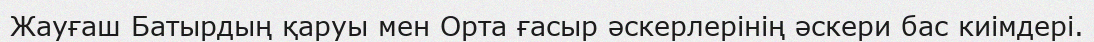
Жауғаш Батырдың қаруы мен Орта ғасыр әскерлерінің әскери бас киімдері.